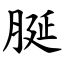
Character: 脠